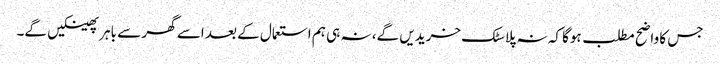
جس کا واضح مطلب ہوگا کہ نہ پلاسٹک خریدیں گے، نہ ہی ہم استعمال کے بعد اسے گھر سے باہر پھینکیں گے۔